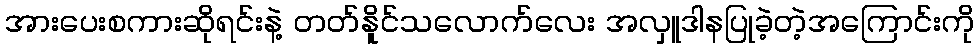
အားပေးစကားဆိုရင်းနဲ့ တတ်နိူင်သလောက်လေး အလှူဒါနပြုခဲ့တဲ့အကြောင်းကို